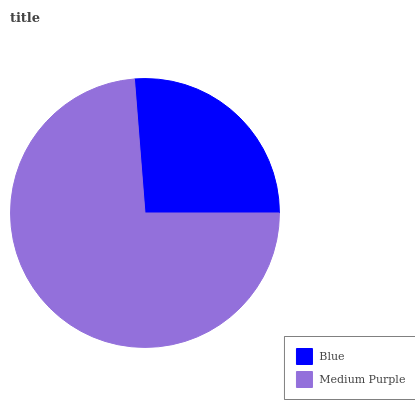
| Blue | Medium Purple |
 | --- | --- |
 | 26.3% | 73.7% |